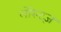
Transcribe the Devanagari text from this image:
लोरेन्ट्ज